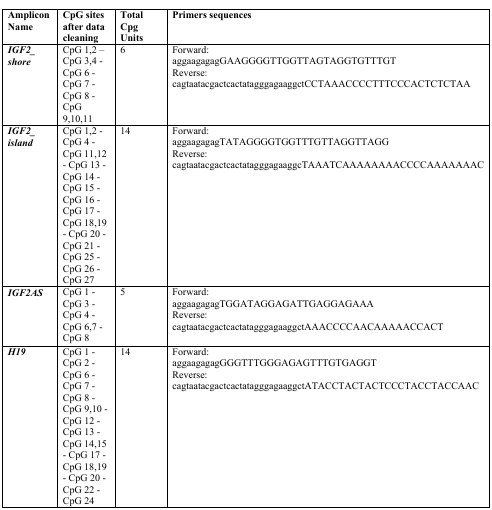
<table><thead><tr><td><b>Amplicon Name</b></td><td><b>CpG sites after data cleaning</b></td><td><b>Total Cpg Units</b></td><td><b>Primers sequences</b></td></tr></thead><tbody><tr><td><i><b>IGF2_shore</b></i></td><td>CpG 1,2 –CpG 3,4 -CpG 6 -CpG 7 -CpG 8 -CpG 9,10,11</td><td>6</td><td>Forward: aggaagagagGAAGGGGTTGGTTAGTAGGTGTTTGTReverse: cagtaatacgactcactatagggagaaggctCCTAAACCCCTTTCCCACTCTCTAA</td></tr><tr><td><i><b>IGF2_island</b></i></td><td>CpG 1,2 -CpG 4 -CpG 11,12- CpG 13 -CpG 14 -CpG 15 -CpG 16 -CpG 17 -CpG 18,19- CpG 20 -CpG 21 -CpG 25 -CpG 26 -CpG 27</td><td>14</td><td>Forward: aggaagagagTATAGGGGTGGTTTGTTAGGTTAGGReverse: cagtaatacgactcactatagggagaaggcTAAATCAAAAAAAACCCCAAAAAAAC</td></tr><tr><td><i><b>IGF2AS</b></i></td><td>CpG 1 -CpG 3 -CpG 4 -CpG 6,7 -CpG 8</td><td>5</td><td>Forward: aggaagagagTGGATAGGAGATTGAGGAGAAAReverse: cagtaatacgactcactatagggagaaggctAAACCCCAACAAAAACCACT</td></tr><tr><td><i><b>H19</b></i></td><td>CpG 1 -CpG 2 -CpG 6 -CpG 7 -CpG 8 -CpG 9,10- CpG 12 -CpG 13 -CpG 14,15- CpG 17 -CpG 18,19- CpG 20 -CpG 22 -CpG 24</td><td>14</td><td>Forward: aggaagagagGGGTTTGGGAGAGTTTGTGAGGTReverse: cagtaatacgactcactatagggagaaggctATACCTACTACTCCCTACCTACCAAC</td></tr></tbody></table>